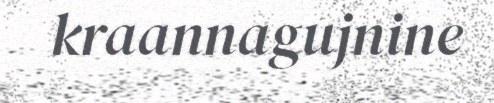
kraannagujnine